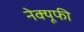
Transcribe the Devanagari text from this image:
नेक्यूफी